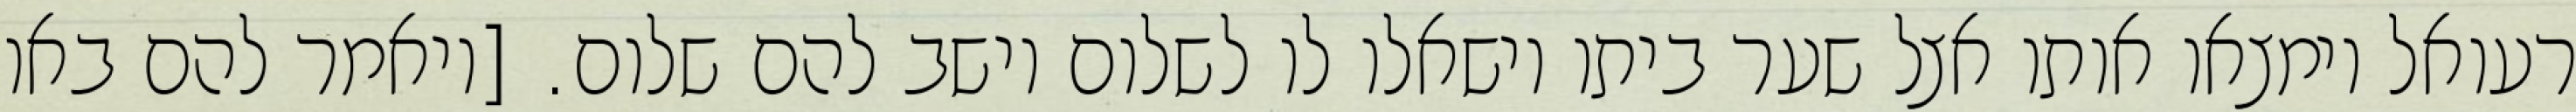
רעואל וימצאו אותו אצל שער ביתו וישאלו לו לשלום וישב להם שלום. [ויאמר להם באו